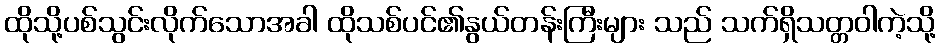
ထိုသို့ပစ်သွင်းလိုက်သောအခါ ထိုသစ်ပင်၏နွယ်တန်းကြီးများ သည် သက်ရှိသတ္တဝါကဲ့သို့